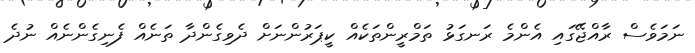
ނަމަވެސް ރާއްޖޭގައި އެންމެ ރަނގަޅު ތަމްރީންތަކެއް ކީޕަރުންނަށް ދެވިގެންދާ ތަނެއް ފެނިގެންނެއް ނުދެ